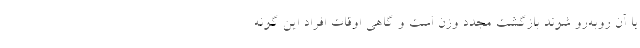
با آن روبه‌رو شوند بازگشت مجدد وزن است و گاهی اوقات افراد این‌ گونه